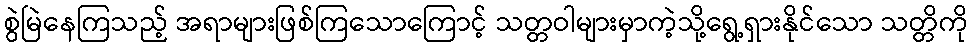
စွဲမြဲနေကြသည့် အရာများဖြစ်ကြသောကြောင့် သတ္တဝါများမှာကဲ့သို့ရွေ့ရှားနိုင်သော သတ္တိကို